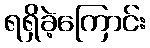
ရရှိခဲ့ကြောင်း